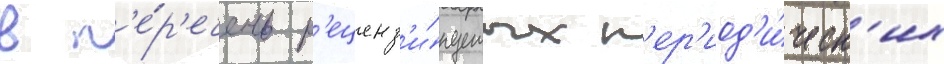
в п'е́р'ечень р'еценз'и́руемых п'ер'иод'и́ческ'их